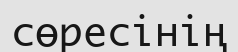
сөресінің